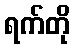
ရက်တို